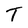
Character: T